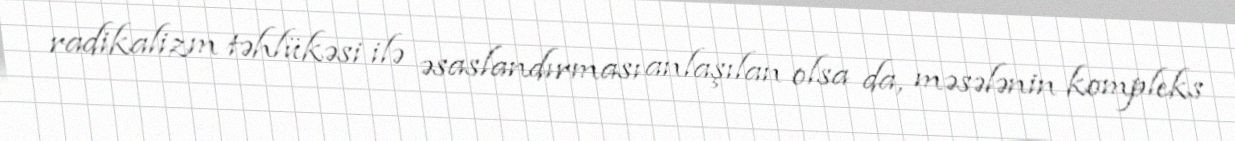
radikalizm təhlükəsi ilə əsaslandırması anlaşılan olsa da, məsələnin kompleks